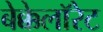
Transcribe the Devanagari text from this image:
बेक्केलॉरेट